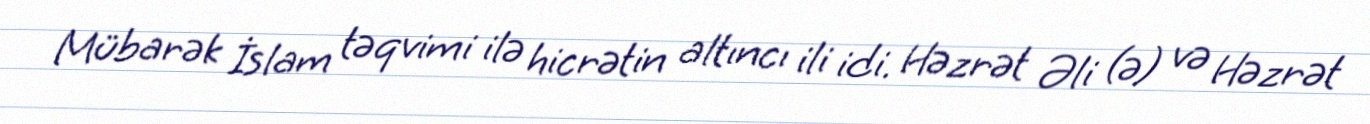
Mübarək İslam təqvimi ilə hicrətin altıncı ili idi. Həzrət Əli (ə) və Həzrət